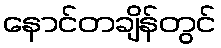
နောင်တချိန်တွင်